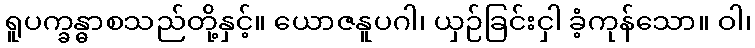
ရူပက္ခန္ဓာစသည်တို့နှင့်။ ယောဇနူပဂါ၊ ယှဉ်ခြင်းငှါ ခံ့ကုန်သော။ ဝါ၊